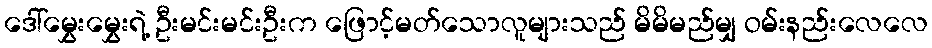
ဒေါ်မွှေးမွှေးရဲ့ ဦးမင်းမင်းဦးက ဖြောင့်မတ်သောလူများသည် မိမိမည်မျှ ဝမ်းနည်းလေလေ